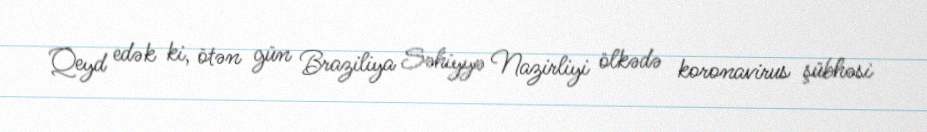
Qeyd edək ki, ötən gün Braziliya Səhiyyə Nazirliyi ölkədə koronavirus şübhəsi